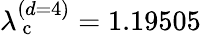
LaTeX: \lambda_{\mathrm{~c~}}^{(d=4)}=1.19505